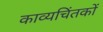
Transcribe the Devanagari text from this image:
काव्यचिंतकों